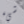
شيء